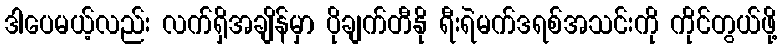
ဒါပေမယ့်လည်း လက်ရှိအချိန်မှာ ပိုချက်တီနို ရီးရဲမက်ဒရစ်အသင်းကို ကိုင်တွယ်ဖို့